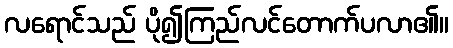
လရောင်သည် ပို၍ကြည်လင်တောက်ပလာ၏။